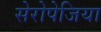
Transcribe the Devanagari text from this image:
सेरोपेजिया